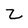
Character: Z